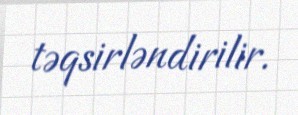
təqsirləndirilir.